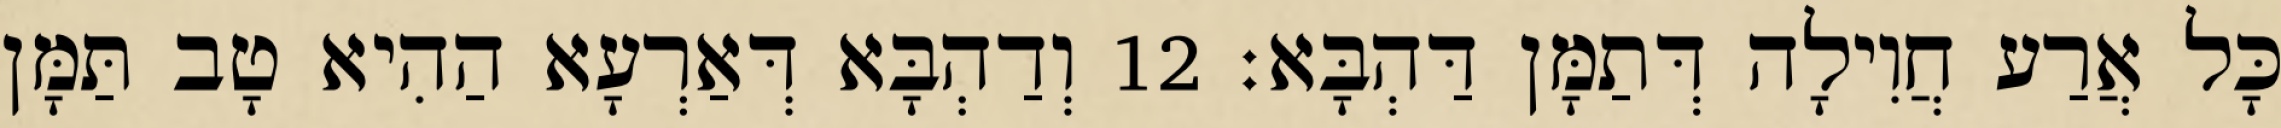
כָּל אֲרַע חֲוִילָה דְּתַמָּן דַּהְבָּא׃ 12 וְדַהְבָּא דְּאַרְעָא הַהִיא טָב תַּמָּן